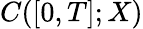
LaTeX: C([0,T];X)